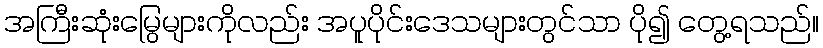
အကြီးဆုံးမြွေများကိုလည်း အပူပိုင်းဒေသများတွင်သာ ပို၍ တွေ့ရသည်။